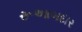
રૂઆબદાર